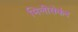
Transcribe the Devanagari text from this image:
मिलीसेकंद